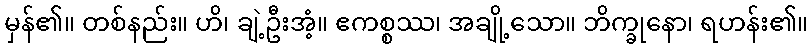
မှန်၏။ တစ်နည်း။ ဟိ၊ ချဲ့ဦးအံ့။ ဧကစ္စဿ၊ အချို့သော။ ဘိက္ခုနော၊ ရဟန်း၏။